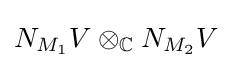
N_{M_{1}}V\otimes _{\mathbb {C} }N_{M_{2}}V